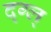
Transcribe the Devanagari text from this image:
द्ग्ल्